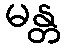
မန္တ